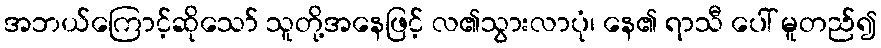
အဘယ်ကြောင့်ဆိုသော် သူတို့အနေဖြင့် လ၏သွားလာပုံ၊ နေ၏ ရာသီ ပေါ် မူတည်၍